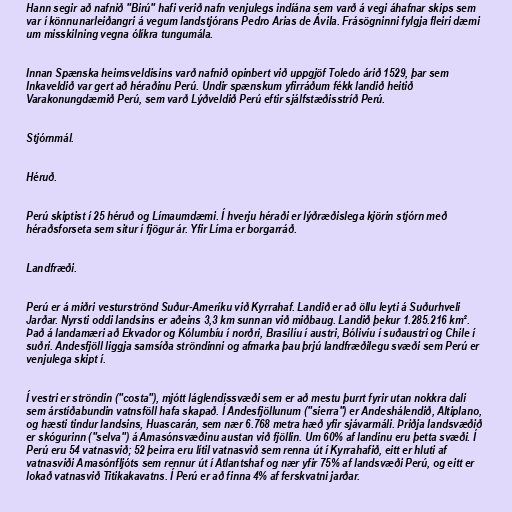
Hann segir að nafnið "Birú" hafi verið nafn venjulegs indíána sem varð á vegi áhafnar skips sem
var í könnunarleiðangri á vegum landstjórans Pedro Arias de Ávila. Frásögninni fylgja fleiri dæmi
um misskilning vegna ólíkra tungumála.

Innan Spænska heimsveldisins varð nafnið opinbert við uppgjöf Toledo árið 1529, þar sem
Inkaveldið var gert að héraðinu Perú. Undir spænskum yfirráðum fékk landið heitið
Varakonungdæmið Perú, sem varð Lýðveldið Perú eftir sjálfstæðisstríð Perú.

Stjórnmál.

Héruð.

Perú skiptist í 25 héruð og Límaumdæmi. Í hverju héraði er lýðræðislega kjörin stjórn með
héraðsforseta sem situr í fjögur ár. Yfir Líma er borgarráð.

Landfræði.

Perú er á miðri vesturströnd Suður-Ameríku við Kyrrahaf. Landið er að öllu leyti á Suðurhveli
Jarðar. Nyrsti oddi landsins er aðeins 3,3 km sunnan við miðbaug. Landið þekur 1.285.216 km².
Það á landamæri að Ekvador og Kólumbíu í norðri, Brasilíu í austri, Bólivíu í suðaustri og Chile í
suðri. Andesfjöll liggja samsíða ströndinni og afmarka þau þrjú landfræðilegu svæði sem Perú er
venjulega skipt í.

Í vestri er ströndin ("costa"), mjótt láglendissvæði sem er að mestu þurrt fyrir utan nokkra dali
sem árstíðabundin vatnsföll hafa skapað. Í Andesfjöllunum ("sierra") er Andeshálendið, Altiplano,
og hæsti tindur landsins, Huascarán, sem nær 6.768 metra hæð yfir sjávarmáli. Þriðja landsvæðið
er skógurinn ("selva") á Amasónsvæðinu austan við fjöllin. Um 60% af landinu eru þetta svæði. Í
Perú eru 54 vatnasvið; 52 þeirra eru lítil vatnasvið sem renna út í Kyrrahafið, eitt er hluti af
vatnasviði Amasónfljóts sem rennur út í Atlantshaf og nær yfir 75% af landsvæði Perú, og eitt er
lokað vatnasvið Titikakavatns. Í Perú er að finna 4% af ferskvatni jarðar.